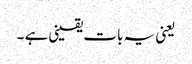
یعنی یہ بات یقینی ہے ۔